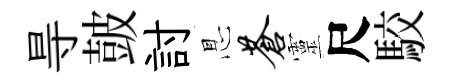
㝵皷討㤙苍靈尺駮